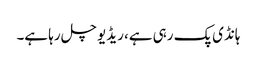
ہانڈی پک رہی ہے، ریڈیو چل رہا ہے۔